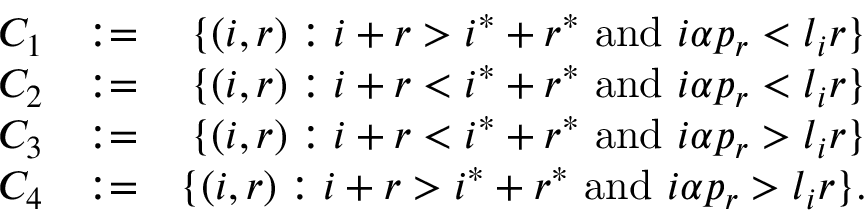
\begin{array} { r l r } { C _ { 1 } } & { : = } & { \{ ( i , r ) : i + r > i ^ { * } + r ^ { * } \mathrm { ~ a n d ~ } i \alpha p _ { r } < l _ { i } r \} } \\ { C _ { 2 } } & { : = } & { \{ ( i , r ) : i + r < i ^ { * } + r ^ { * } \mathrm { ~ a n d ~ } i \alpha p _ { r } < l _ { i } r \} } \\ { C _ { 3 } } & { : = } & { \{ ( i , r ) : i + r < i ^ { * } + r ^ { * } \mathrm { ~ a n d ~ } i \alpha p _ { r } > l _ { i } r \} } \\ { C _ { 4 } } & { : = } & { \{ ( i , r ) : i + r > i ^ { * } + r ^ { * } \mathrm { ~ a n d ~ } i \alpha p _ { r } > l _ { i } r \} . } \end{array}